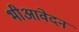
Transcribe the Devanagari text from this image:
भीआवेदन